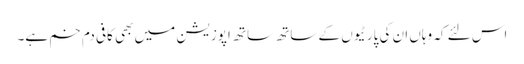
اس لئے کہ وہاں ان کی پارٹیوں کے ساتھ ساتھ اپوزیشن میں بھی کافی دم خم ہے۔